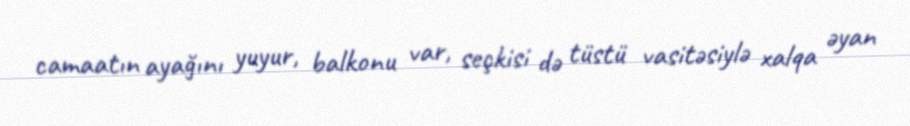
camaatın ayağını yuyur, balkonu var, seçkisi də tüstü vasitəsiylə xalqa əyan